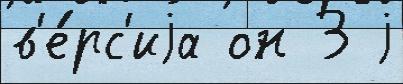
в'е́рс'иjа он 3 j